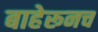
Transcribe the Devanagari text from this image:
बाहेरूनच